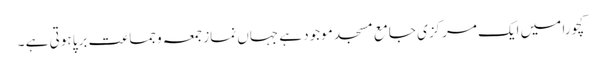
کچورا میں ایک مرکزی جامع مسجد موجود ہے جہاں نماز جمعہ وجماعت برپا ہوتی ہے ۔